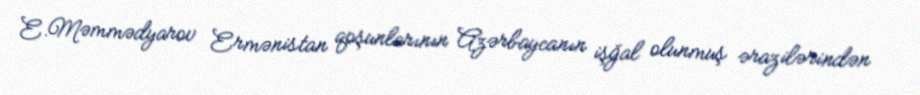
E.Məmmədyarov Ermənistan qoşunlarının Azərbaycanın işğal olunmuş ərazilərindən